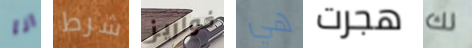
انا شرط خواريز هي هجرت لك